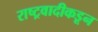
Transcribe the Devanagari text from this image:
राष्ट्रवादीकडून